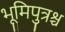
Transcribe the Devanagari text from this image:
भूमिपुत्रश्च